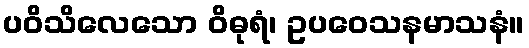
ပဝိသိလေသော ဝိဓုရံ၊ ဥပဝေသနမာသနံ။